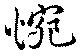
惋